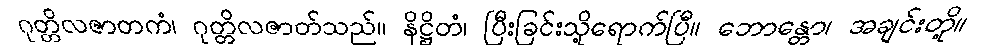
ဂုတ္တိလဇာတကံ၊ ဂုတ္တိလဇာတ်သည်။ နိဋ္ဌိတံ၊ ပြီးခြင်းသို့ရောက်ပြီ။ ဘောန္တော၊ အချင်းတို့။